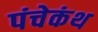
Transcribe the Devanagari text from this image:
पंचेकंथ